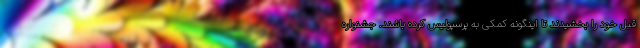
قبل خود را بخشیدند تا اینگونه کمکی به پرسپولیس کرده باشند. جشنواره